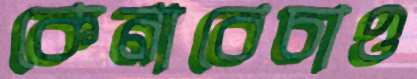
কেনাবেচাও